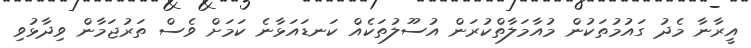
އީރާނާ މެދު ގައުމުތަކުން މުއާމަލާތްކުރަން އުސޫލުތަކެއް ކަނޑައަޅާނެ ކަމަށް ވެސް ތަރުޖަމާން ވިދާޅުވި